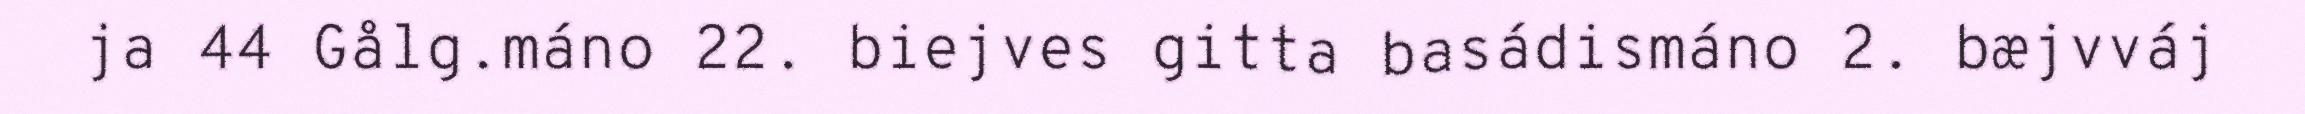
ja 44 Gålg.máno 22. biejves gitta basádismáno 2. bæjvváj